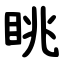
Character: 眺